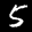
Label: 5